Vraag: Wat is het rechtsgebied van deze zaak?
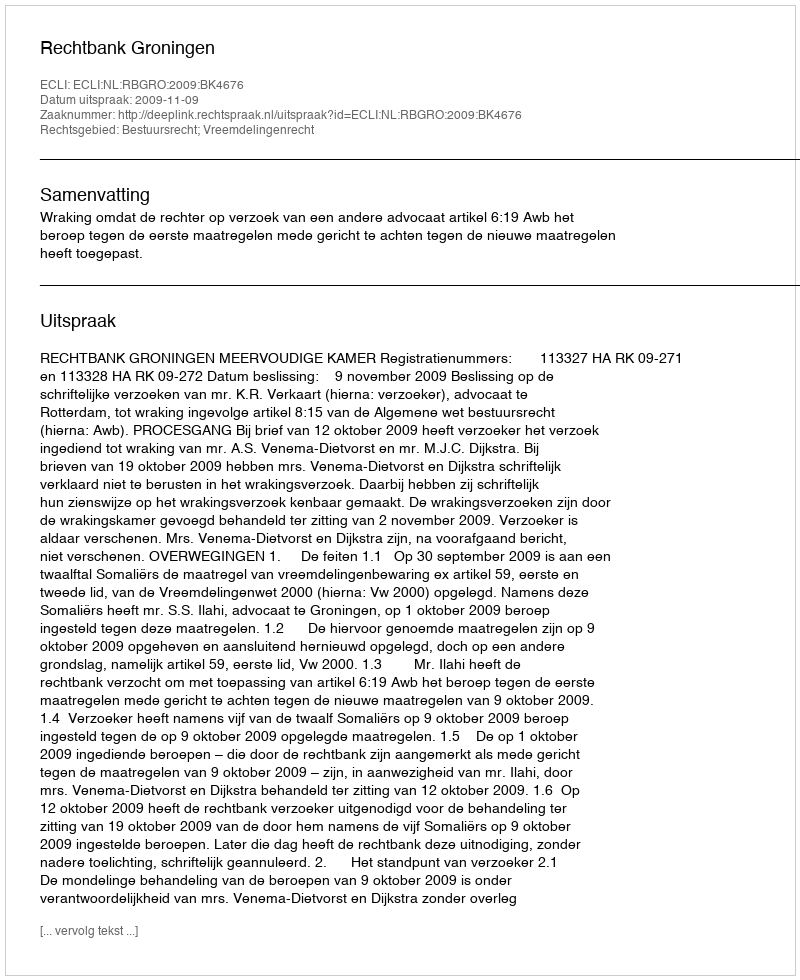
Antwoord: Bestuursrecht; Vreemdelingenrecht